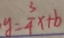
y = \frac { 3 } { 4 } x + b